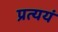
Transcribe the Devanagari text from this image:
प्रत्ययं